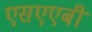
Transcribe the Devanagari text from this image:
एसएएबी